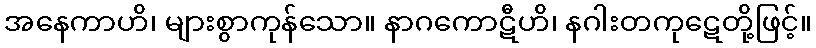
အနေကာဟိ၊ များစွာကုန်သော။ နာဂကောဋီဟိ၊ နဂါးတကုဋေတို့ဖြင့်။